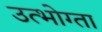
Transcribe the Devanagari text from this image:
उत्भोग्ता